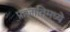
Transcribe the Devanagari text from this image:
प्राजातिमध्ये